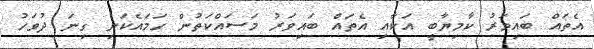
އެތައް ބައިވަރު ކާމިޔާބީ އަކާއި އެތައް ބައިވަރު މަސައްކަތުން ހަމައެކަނި ގިނަ ދުވަހު